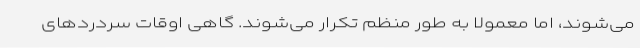
می‌شوند، اما معمولا به طور منظم تکرار می‌شوند. گاهی اوقات سردردهای